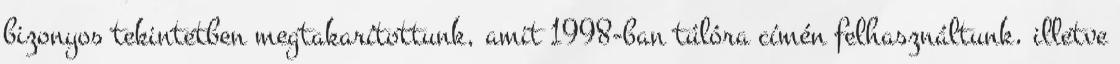
bizonyos tekintetben megtakarítottunk, amit 1998-ban túlóra címén felhasználtunk, illetve